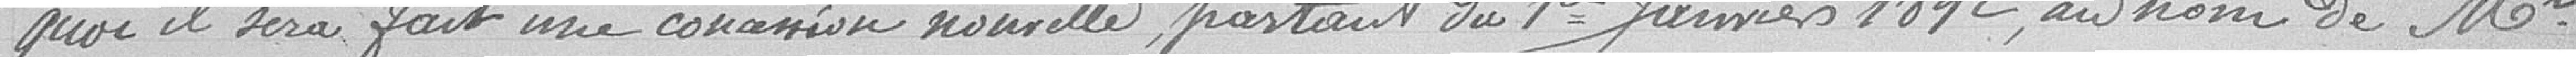
quoi il sera fait une concession nouvelle, partant du 1er janvier 1892, au nom de M.